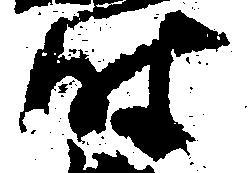
時